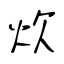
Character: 炊